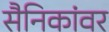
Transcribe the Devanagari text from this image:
सैनिकांवर